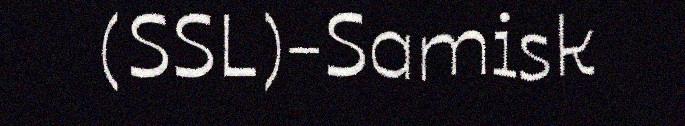
(SSL)-Samisk